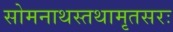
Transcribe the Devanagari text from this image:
सोमनाथस्तथामृतसरः